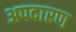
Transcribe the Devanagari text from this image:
अपदारण